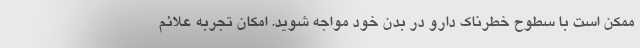
ممکن است با سطوح خطرناک دارو در بدن خود مواجه شوید. امکان تجربه علائم